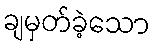
ချမှတ်ခဲ့သော